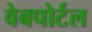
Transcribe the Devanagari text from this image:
वेबपोर्टल